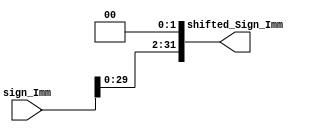
module Shifter1(
    sign_Imm,
    shifted_Sign_Imm
    );

    parameter DATA_WIDTH = 32;
    input [DATA_WIDTH - 1:0] sign_Imm;
    output [DATA_WIDTH -1:0] shifted_Sign_Imm;
  
    assign shifted_Sign_Imm = sign_Imm << 2;

endmodule